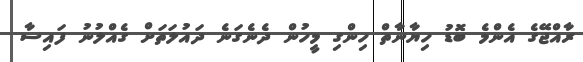
ރާއްޖޭގެ އެންމެ ބޮޑު ހިޔާނާތް ހިންގި މީހުން ދެނެގަނެ ދައުލަތަށް ގެއްލުނު ފައިސާ